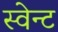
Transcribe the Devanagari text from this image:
स्वेन्ट